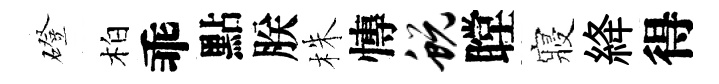
磴柏乖點朕株慱蜕瞠寢絳得